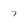
Character: 7